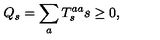
Q _ { s } = \sum _ { a } T _ { s } ^ { a a } s \geq 0 ,